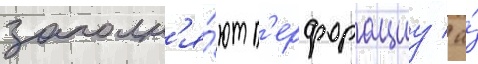
заполн'я́ют п'ерфорациу / а́